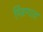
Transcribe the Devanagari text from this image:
मिरगात